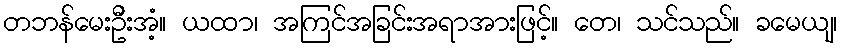
တဘန်မေးဦးအံ့။ ယထာ၊ အကြင်အခြင်းအရာအားဖြင့်။ တေ၊ သင်သည်။ ခမေယျ၊